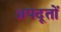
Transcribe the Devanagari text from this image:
अपदूतों